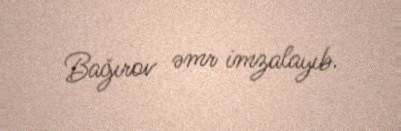
Bağırov əmr imzalayıb.